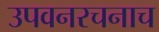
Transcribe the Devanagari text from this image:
उपवनरचनाच